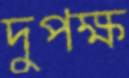
দুপক্ষ